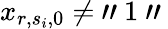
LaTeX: x_{r,s_{i},0}\neq\mathrm{~"~}1\mathrm{~"~}